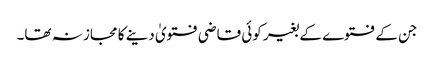
جن کے فتوے کے بغیر کوئی قاضی فتویٰ دینے کا مجاز نہ تھا۔